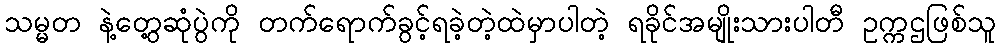
သမ္မတ နဲ့တွေ့ဆုံပွဲကို တက်ရောက်ခွင့်ရခဲ့တဲ့ထဲမှာပါတဲ့ ရခိုင်အမျိုးသားပါတီ ဥက္ကဌဖြစ်သူ